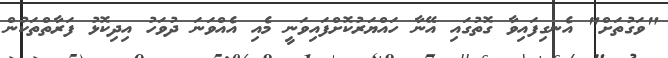
"ވަގުތަށް" އެނގިފައިވާ ގޮތުގައި އޭނާ ހައްޔަރުކޮށްފައިވަނީ މެއި އެއްވަނަ ދުވަހު އިދިކޮޅު ފަރާތްތަކުން